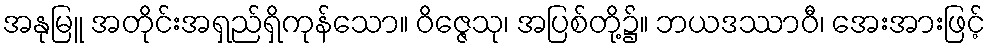
အနုမြူ အတိုင်းအရှည်ရှိကုန်သော။ ဝိဇ္ဇေသု၊ အပြစ်တို့၌။ ဘယဒဿာဝီ၊ အေးအားဖြင့်